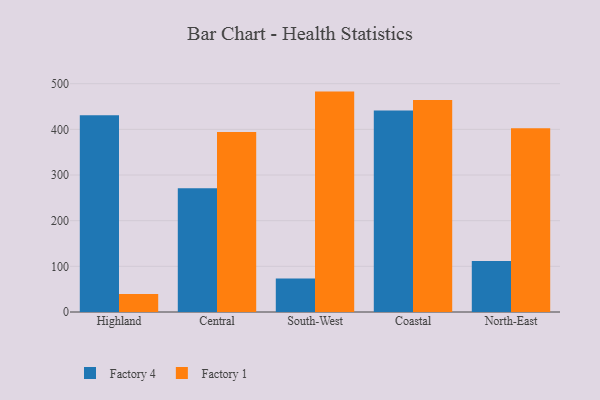
{"axis": {"x": "Region", "y": "Latency (ms)"}, "legend": ["Factory 1", "Factory 4"], "data": [{"x": "Highland", "y": 430.8, "type": "Factory 4"}, {"x": "Highland", "y": 39.4, "type": "Factory 1"}, {"x": "Central", "y": 270.8, "type": "Factory 4"}, {"x": "Central", "y": 394.4, "type": "Factory 1"}, {"x": "South-West", "y": 73.1, "type": "Factory 4"}, {"x": "South-West", "y": 482.7, "type": "Factory 1"}, {"x": "Coastal", "y": 441.4, "type": "Factory 4"}, {"x": "Coastal", "y": 464.4, "type": "Factory 1"}, {"x": "North-East", "y": 111.7, "type": "Factory 4"}, {"x": "North-East", "y": 402.7, "type": "Factory 1"}]}